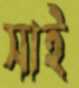
সাই